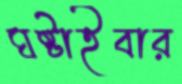
ঘষ্‌টাইবার